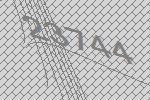
23744